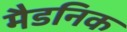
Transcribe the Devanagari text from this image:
मैडनिक